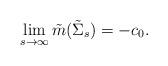
LaTeX: \begin{align*}\lim_{s\to\infty}\tilde{m}(\tilde{\Sigma}_s)=-c_0.\end{align*}